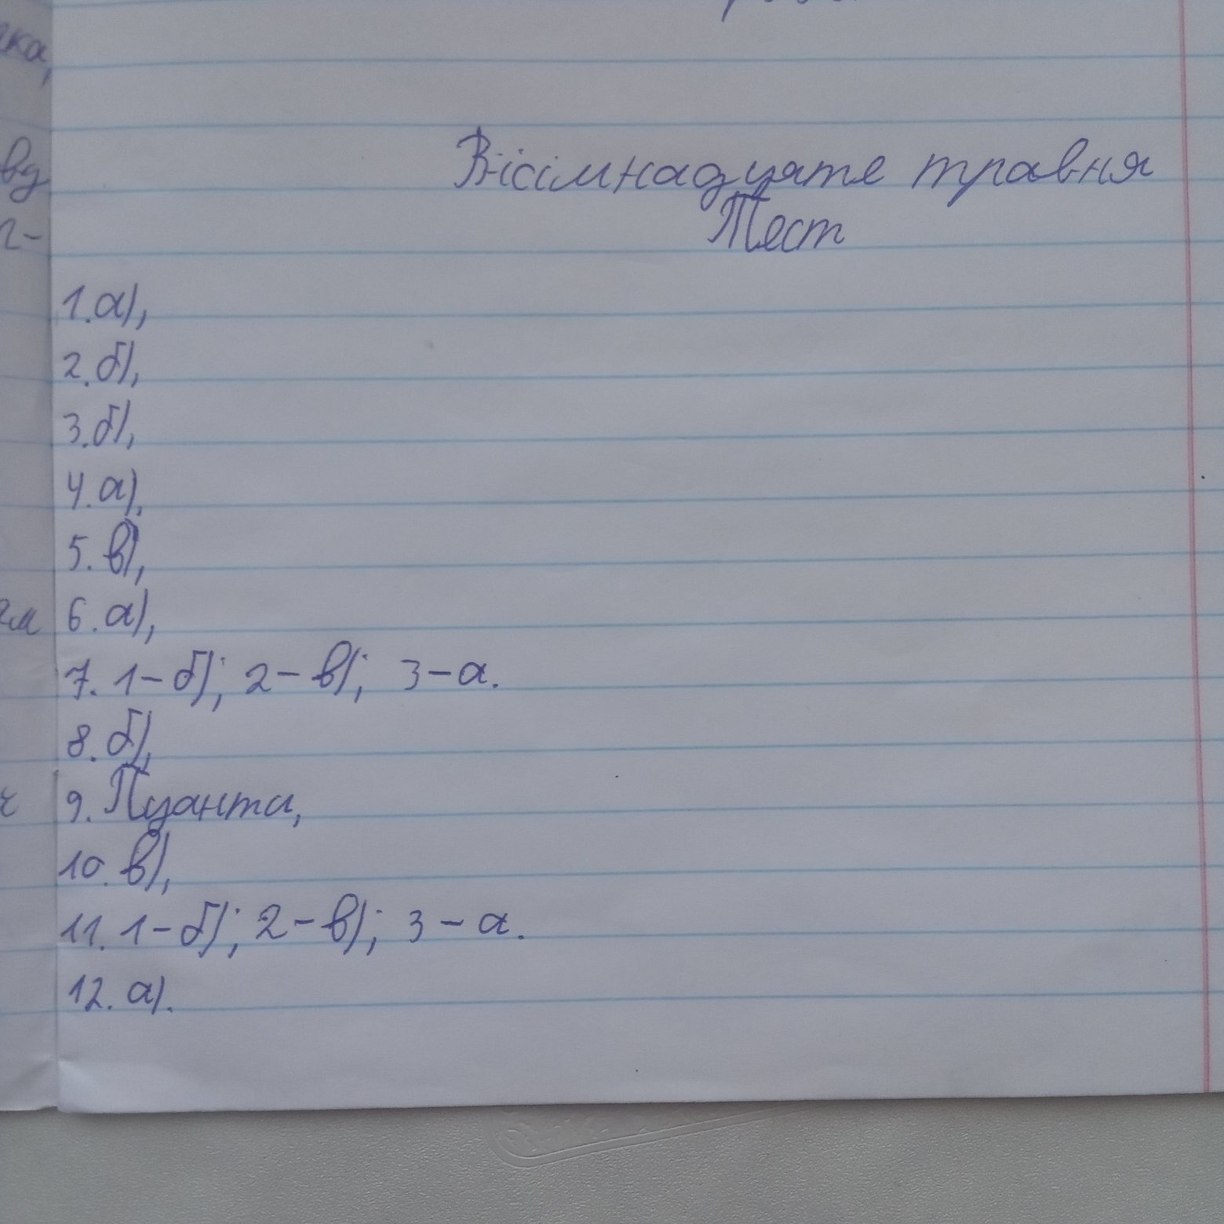
Вісімнадцяте травня
Тест
1. a)
2. б),
3) б,
4 a),
5) в,
6 a),
7. 1-б); 2-в); 3-а.
8. б),
9. Пуанты,
10. в)
11 1 - б); 2 - в); 3 - а.
12 a).